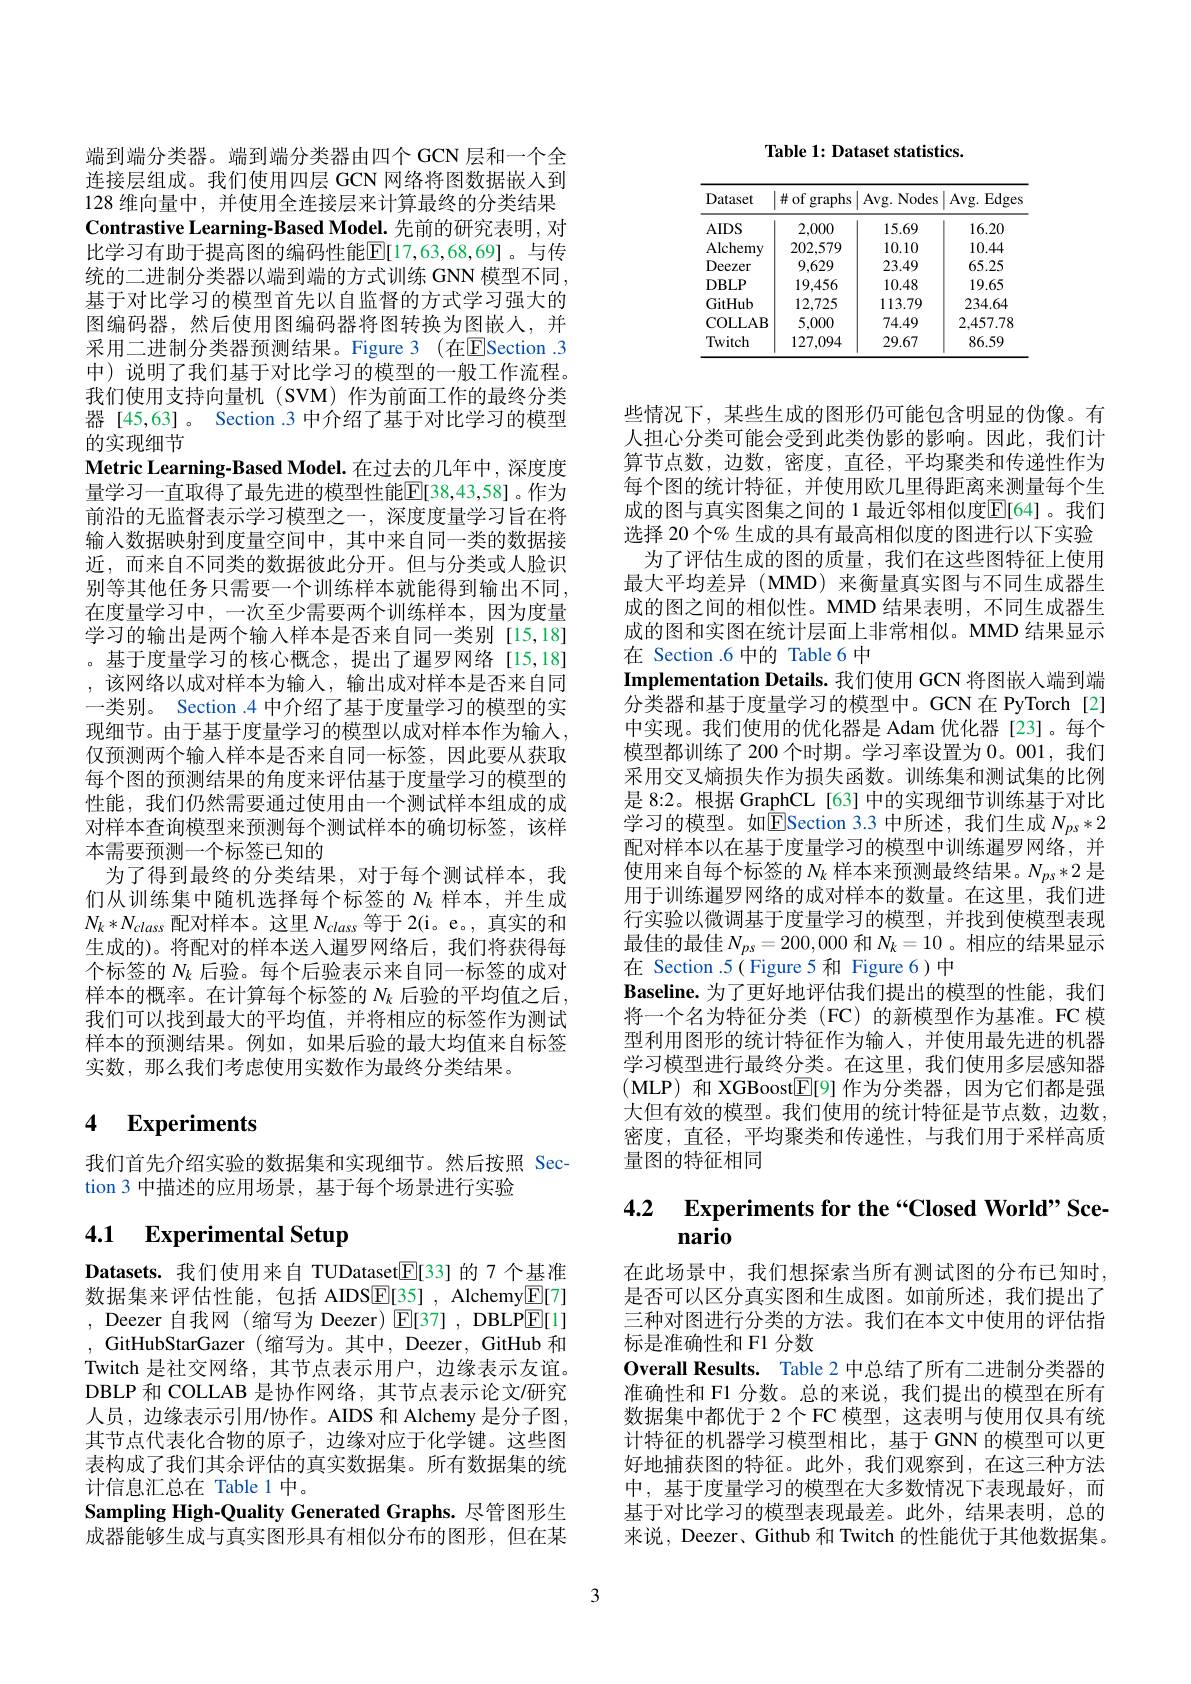
Table 1: Dataset statistics.

<table>
	<tbody>
		<tr>
			<th>Dataset</th>
			<th>$\#of$ graphs</th>
			<th>Avg. Nodes</th>
			<th>Avg. Edges</th>
		</tr>
		<tr>
			<td>$AIDS$</td>
			<td>2,000</td>
			<td>15.69</td>
			<td>16.20</td>
		</tr>
		<tr>
			<td>Alchemy</td>
			<td>202,579</td>
			<td>10.10</td>
			<td>10.44</td>
		</tr>
		<tr>
			<td>Deezer</td>
			<td>9,629</td>
			<td>23.49</td>
			<td>65.25</td>
		</tr>
		<tr>
			<td>DBLP</td>
			<td>19,456</td>
			<td>10.48</td>
			<td>19.65</td>
		</tr>
		<tr>
			<td>GitHub</td>
			<td>12,725</td>
			<td>113.79</td>
			<td>234.64</td>
		</tr>
		<tr>
			<td>COLLAB</td>
			<td>5,000</td>
			<td>74.49</td>
			<td>2,457.78</td>
		</tr>
		<tr>
			<td>Twitch</td>
			<td>127,094</td>
			<td>29.67</td>
			<td>86.59</td>
		</tr>
	</tbody>
</table>

端到端分类器。端到端分类器由四个 GCN 层和一个全连接层组成。我们使用四层 GCN 网络将图数据嵌人到128 维向量中，并使用全连接层来计算最终的分类结果Contrastive Learning-Based Model. 先前的研究表明，对比学习有助于提高图的编码性能$\overline{\mathrm{E}}[17,63,68,69]$。与传统的二进制分类器以端到端的方式训练 GNN 模型不同， 基于对比学习的模型首先以自监督的方式学习强大的图编码器，然后使用图编码器将图转换为图嵌人，并采用二进制分类器预测结果。Figure 3 (在$\overline{\mathrm{E}}$Section .3中)说明了我们基于对比学习的模型的一般工作流程。我们使用支持向量机(SVM)作为前面工作的最终分类器 [45,63]。Section .3 中介绍了基于对比学习的模型的实现细节
Metric Learning- Based Model. 在过去的几年中，深度度量学习一直取得了最先进的模型性能$\overline{\mathbb{E}}[38,43,58]$。作为前沿的无监督表示学习模型之一，深度度量学习旨在将输入数据映射到度量空间中，其中来自同一类的数据接近，而来自不同类的数据彼此分开。但与分类或人脸识别等其他任务只需要一个训练样本就能得到输出不同， 在度量学习中，一次至少需要两个训练样本，因为度量学习的输出是两个输入样本是否来自同一类别[15,18] 。基于度量学习的核心概念，提出了暹罗网络[15,18] ,该网络以成对样本为输入，输出成对样本是否来自同一类别。Section .4 中介绍了基于度量学习的模型的实现细节。由于基于度量学习的模型以成对样本作为输人， 仅预测两个输入样本是否来自同一标签，因此要从获取每个图的预测结果的角度来评估基于度量学习的模型的性能，我们仍然需要通过使用由一个测试样本组成的成对样本查询模型来预测每个测试样本的确切标签，该样本需要预测一个标签已知的
为了得到最终的分类结果，对于每个测试样本，我们从训练集中随机选择每个标签的$N_k$样本，并生成$N_k*N_{class}$配对样本。这里$N_class$等于 2(i。e。, 真实的和生成的)。将配对的样本送入暹罗网络后，我们将获得每个标签的$N_k$后验。每个后验表示来自同一标签的成对样本的概率。在计算每个标签的$N_k$后验的平均值之后， 我们可以找到最大的平均值，并将相应的标签作为测试样本的预测结果。例如，如果后验的最大均值来自标签实数，那么我们考虑使用实数作为最终分类结果。

# 4 Experiments

我们首先介绍实验的数据集和实现细节。然后按照 Sec-
tion 3 中描述的应用场景，基于每个场景进行实验

## 4.1 $\textbf{Experimental Setup}$

Datasets. 我们使用来自 TUDataset$\underline{\mathrm{E}}[33]$的 7 个基准数据集来评估性能，包括 AIDS$\underline{\mathrm{E}}[35]$ , Alchemy$\underline{\mathrm{E}}[7]$ , Deezer 自我网 (缩写为 Deezer) $\operatorname{E}[37]$, DBLP$\operatorname{E}[1]$ , GitHubStarGazer (缩写为。其中，Deezer, GitHub 和Twitch 是社交网络，其节点表示用户，边缘表示友谊。DBLP 和 COLLAB 是协作网络，其节点表示论文/研究人员，边缘表示引用/协作。AIDS 和 Alchemy 是分子图， 其节点代表化合物的原子，边缘对应于化学键。这些图表构成了我们其余评估的真实数据集。所有数据集的统计信息汇总在 Table 1 中。
Sampling High-Quality Generated Graphs. 尽管图形生成器能够生成与真实图形具有相似分布的图形，但在某

成的图和实图在统计层面上非常相似。MMD 结果显示
在 Section .6 中的 Table 6 中

些情况下，某些生成的图形仍可能包含明显的伪像。有人担心分类可能会受到此类伪影的影响。因此，我们计算节点数，边数，密度，直径，平均聚类和传递性作为每个图的统计特征，并使用欧几里得距离来测量每个生成的图与真实图集之间的 1 最近邻相似度$\mathbb{E}[64]$。我们选择 20 个% 生成的具有最高相似度的图进行以下实验
为了评估生成的图的质量，我们在这些图特征上使用最大平均差异(MMD)来衡量真实图与不同生成器生成的图之间的相似性。MMD 结果表明，不同生成器生Implementation Details. 我们使用 GCN 将图嵌人端到端分类器和基于度量学习的模型中。GCN 在 PyTorch[2] 中实现。我们使用的优化器是 Adam 优化器 [23]。每个模型都训练了 200 个时期。学习率设置为0。001,我们采用交叉熵损失作为损失函数。训练集和测试集的比例是 8:2。根据 GraphCL [63] 中的实现细节训练基于对比学习的模型。如$\mathbb{E}$Section 3.3 中所述，我们生成 $N_ps*2$ 配对样本以在基于度量学习的模型中训练暹罗网络，并使用来自每个标签的$N_k$样本来预测最终结果。$N_ps*2$是用于训练暹罗网络的成对样本的数量。在这里，我们进行实验以微调基于度量学习的模型，并找到使模型表现最佳的最佳$N_{ps}=200,000$和$N_k=10$ 。相应的结果显示在 Section .5( Figure 5 和 Figure 6)中
$\mathbf{B}$aseline.为了更好地评估我们提出的模型的性能，我们将一个名为特征分类 (FC) 的新模型作为基准。FC 模型利用图形的统计特征作为输入，并使用最先进的机器学习模型进行最终分类。在这里，我们使用多层感知器(MLP)和 XGBoost$\underline{\mathbb{E}}[9]$作为分类器，因为它们都是强大但有效的模型。我们使用的统计特征是节点数，边数， 密度，直径，平均聚类和传递性，与我们用于采样高质量图的特征相同

# 4.2 $\textbf{Experiments for the“ Closed World” Sce- }$ nario

在此场景中，我们想探索当所有测试图的分布已知时， 是否可以区分真实图和生成图。如前所述，我们提出了三种对图进行分类的方法。我们在本文中使用的评估指标是准确性和 F1 分数
Overall Results. Table 2 中总结了所有二进制分类器的准确性和 F1 分数。总的来说，我们提出的模型在所有数据集中都优于 2 个 FC 模型，这表明与使用仅具有统计特征的机器学习模型相比，基于 GNN 的模型可以更好地捕获图的特征。此外，我们观察到，在这三种方法中，基于度量学习的模型在大多数情况下表现最好，而基于对比学习的模型表现最差。此外，结果表明，总的来说，Deezer、Github 和 Twitch 的性能优于其他数据集。

3